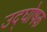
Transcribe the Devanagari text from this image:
उद्‍घोषक